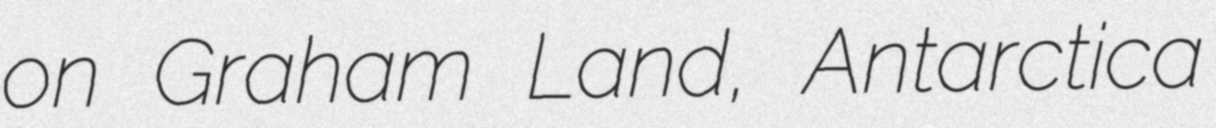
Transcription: on Graham Land, Antarctica